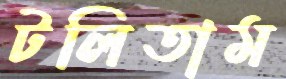
টলিতাম